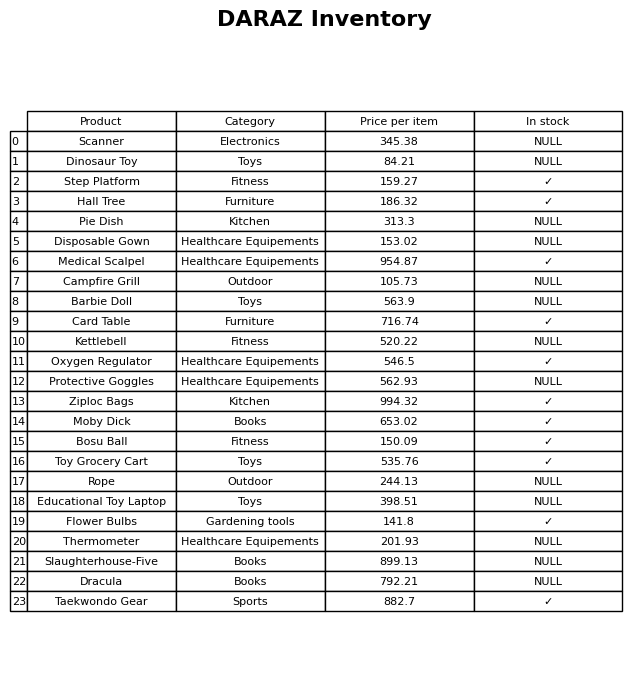
question: What is the stock status of the Oxygen Regulator?
answer: ✓